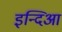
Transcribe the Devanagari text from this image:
इन्दिआ